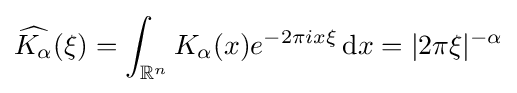
{\widehat {K_{\alpha }}}(\xi )=\int _{\mathbb {R} ^{n}}K_{\alpha }(x)e^{-2\pi ix\xi }\,\mathrm {d} x=|2\pi \xi |^{-\alpha }